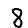
Digit: 8